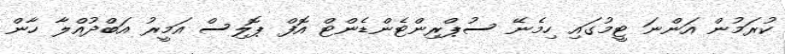
ކުރަމުން އަންނަ ޓީމުގައި ހިމެނޭ ސުޕްރިންޓެންޑެންޓް އޮފް ޕޮލިސް އަމީރު އަބްދުއްލާ ހާން